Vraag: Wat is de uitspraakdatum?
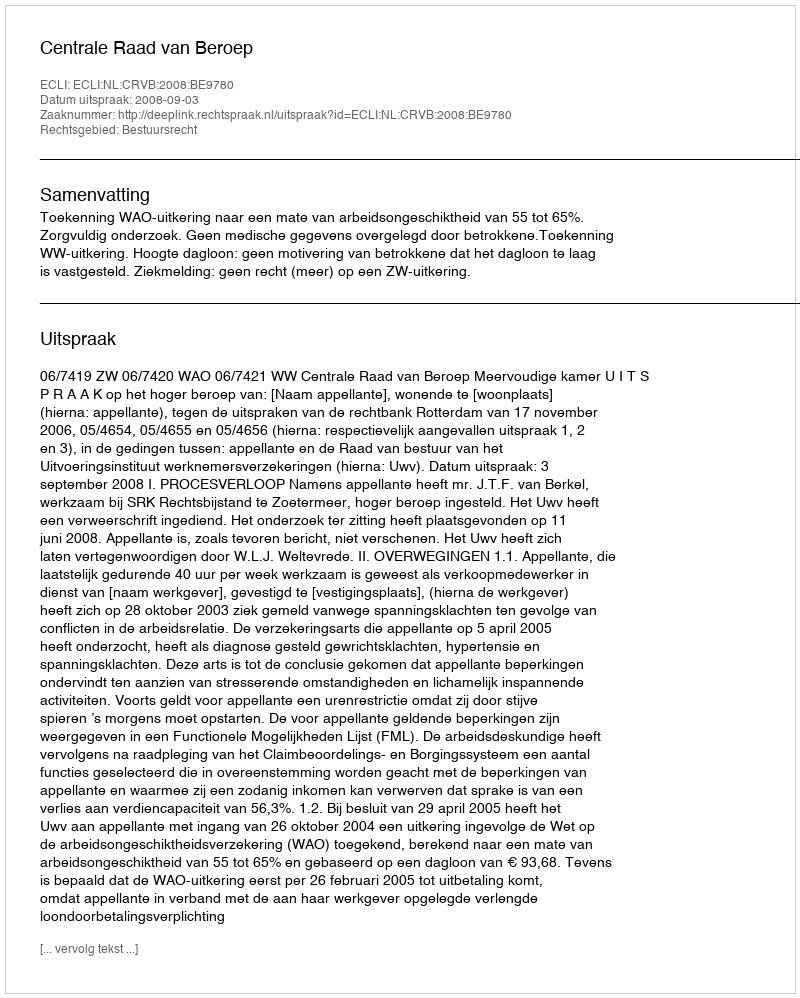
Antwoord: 2008-09-03